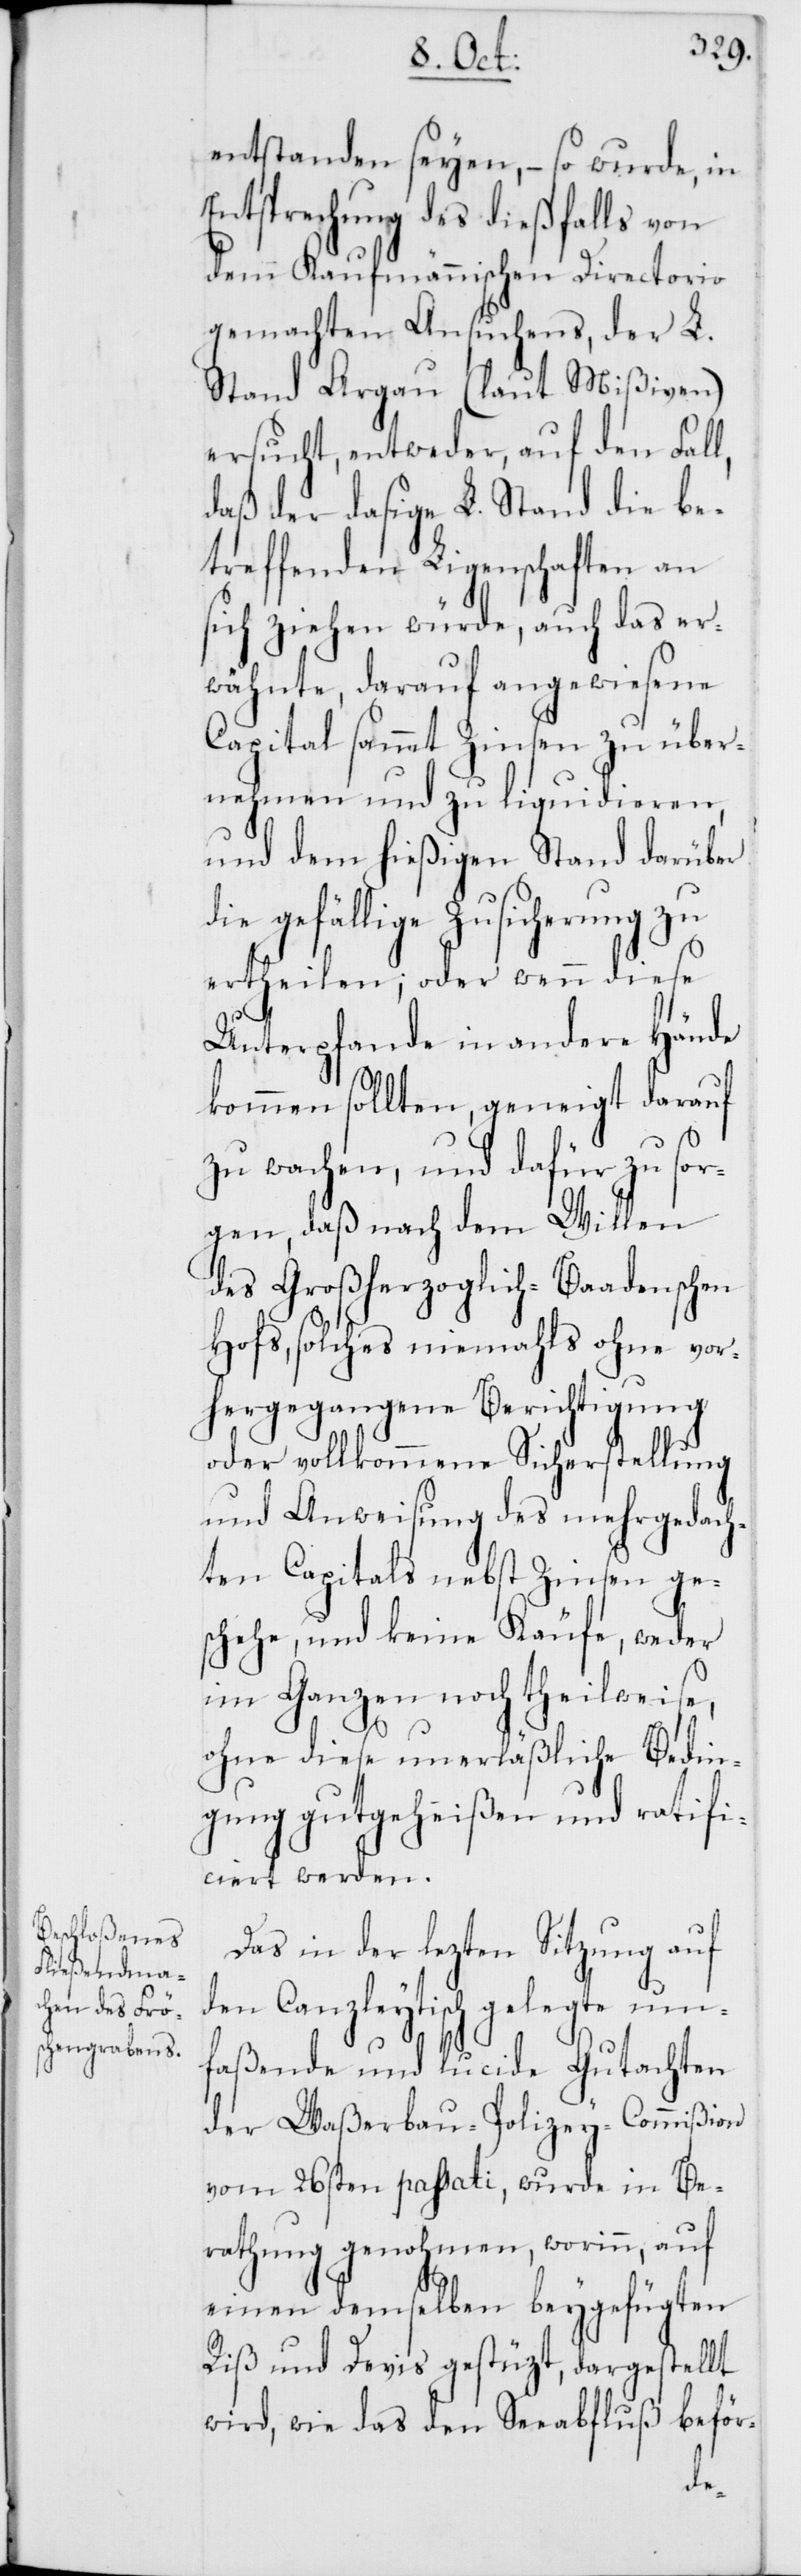
entstanden seyen, – so wurde, in
Entsprechung des dießfalls von
dem Kaufmännischen Directorio
gemachten Ansuchens, der L.
Stand Argau (laut Mißiven)
ersucht, entweder auf den Fall,
daß der dasige L. Stand die be¬
treffenden Ligenschaften an
sich ziehen würde, auch das er¬
wähnte, darauf angewiesene
Capital sammt Zinsen zu über¬
nehmen und zu liquidieren,
und dem hießigen Stand darüber
die gefällige Zusicherung zu
ertheilen; oder wenn diese
Unterpfande in andere Hände
kommen sollten, geneigt darauf
zu wachen, und dafür zu sor¬
gen, daß nach dem Willen
des Großherzoglich-Baadenschen
Hofs, solches niemahls ohne vor¬
hergegangene Berichtigung
oder vollkommene Sicherstellung
und Anweisung des mehrgedach¬
ten Capitals nebst Zinsen ge¬
schehe, und keine Käufe, weder
im Ganzen noch theilweise,
ohne diese unerläßliche Bedin¬
gung gutgeheißen und ratifi¬
ciert werden.
Das in der lezten Sitzung auf
den Canzleytisch gelegte um¬
faßende und lucide Gutachten
der Waßerbau-Polizey-Commißion
vom 26sten passati, wurde in Be¬
rathung genohmen, worinn, auf
einen demselben beygefügten
Riß und Devis gestüzt, dargerstellt
wird, wie das den Seeabfluß beför-